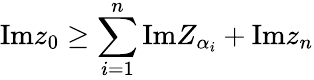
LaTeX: \mathrm{Im}z_{0}\geq\sum_{i=1}^{n}\mathrm{Im}Z_{\alpha_{i}}+\mathrm{Im}z_{n}